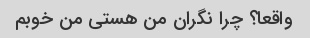
واقعا؟ چرا نگران من هستی من خوبم